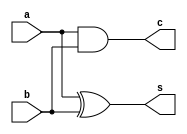
module halfAdder(c,s,a,b);
input a,b;
output c,s;

xor(s,a,b);
and(c,a,b);

endmodule


module fullAdder(cout,sum,a,b,cin);
input a,b,cin;
output cout,sum;

wire s,c,c1;

halfAdder hf1(c,s,a,b);
halfAdder hf2(c1,sum,s,cin);
or(cout,c,c1);

endmodule

module multiBitAdder(cout,sum,a,b,cin);
input [3:0]a,b;
input cin;
output [3:0]sum;
output cout;

wire c1,c2,c3;



fullAdder fa1(c1,sum[0],a[0],b[0],cin);
fullAdder fa2(c2,sum[1],a[1],b[1],c1);
fullAdder fa3(c3,sum[2],a[2],b[2],c2);
fullAdder fa4(cout,sum[3],a[3],b[3],c3);

endmodule

/*
module multiBitAddertest;
reg [3:0]a,b;
reg cin;
wire [3:0]sum;
wire cout;

multiBitAdder fa(sum,cout,a,b,cin);

initial
begin

     cin=0; a=4'b 1010; b=4'b 1011;
#100 cin=0; a=4'b 1110; b=4'b 1111;

end
endmodule
*/
/*
module multiBitAdderSubtractor(cout,sum,a,b,cin);
input [3:0]a,b;
input cin;
output [3:0]sum;
output cout;

wire [3:0]t;

xor(t[0],b[0],cin);
xor(t[1],b[1],cin);
xor(t[2],b[2],cin);
xor(t[3],b[3],cin);

multiBitAdder sb(cout,sum,a,t,cin);
endmodule
*/
/*
module multiBitAdderSubtractortest;
reg [3:0]a,b;
reg cin;
wire [3:0]sum;
wire cout;
multiBitAdderSubtractor mab(cout,sum,a,b,cin);
initial
begin
     cin=1; a=4'b 1010; b=4'b 1011;
#100 cin=1; a=4'b 1110; b=4'b 1111;

end
endmodule
*/
/*
module four_Bit_adderSubtractor(cout,sum,a,b,cin);
input [3:0]a,b;
input cin;
output [3:0]sum;
output cout;

wire [3:0]t;
wire c1,c2,c3;
xor(t[0],b[0],cin);
xor(t[1],b[1],cin);
xor(t[2],b[2],cin);
xor(t[3],b[3],cin);

fullAdder fa1(c1,sum[0],a[0],t[0],cin);
fullAdder fa2(c2,sum[1],a[1],t[1],c1);
fullAdder fa3(c3,sum[2],a[2],t[2],c2);
fullAdder fa4(cout,sum[3],a[3],t[3],c3);
endmodule
module four_Bit_adderSubtractortest;
reg [3:0]a,b;
reg cin;
wire [3:0]sum;
wire cout;
four_Bit_adderSubtractor fas(cout,sum,a,b,cin);
initial
begin
     cin=0; a=4'b 1010; b=4'b 1011;
#100 cin=0; a=4'b 1110; b=4'b 1111;

end
endmodule
*/

module bcdAdder(cout,sum,a,b,cin);
input [3:0]a,b;
input cin;
output [3:0]sum;
output cout;
wire [3:0]s;
wire c1,cx;
multiBitAdder ma1(c1,s,a,b,cin);
wire c2,c3,c4;
and(c2,s[3],s[2]);
and(c3,s[3],s[1]);
or(c4,c2,c3);
or(cout,c1,c4);
wire [3:0]d;
assign d[0]=0;
assign d[3]=0;
assign d[1]=cout;
assign d[2]=cout;
multiBitAdder ma2(cx,sum,d,s,d[0]);
endmodule
module bcdAddertest;
reg [3:0]a,b;
reg cin;
wire [3:0]sum;
wire cout;
bcdAdder ba(cout,sum,a,b,cin);
initial
begin
     cin=0; a=4'b 0110; b=4'b 0110;
#100 cin=0; a=4'b 1000; b=4'b 0101;
end
endmodule